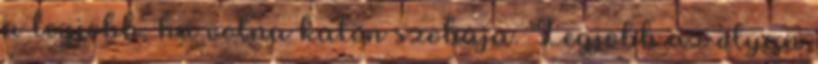
a legjobb, ha volna külön szobája. Legjobb az olyan